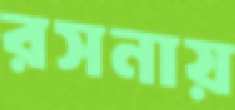
রসনায়